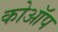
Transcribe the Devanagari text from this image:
कोऑप